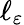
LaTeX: \ell_{\varepsilon}